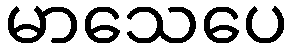
မာသေပေ